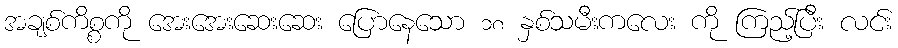
အချစ်ကိစ္စကို အေးအေးဆေးဆေး ပြောနေသော ၁၈ နှစ်သမီးကလေး ကို ကြည့်ပြီး လင်း